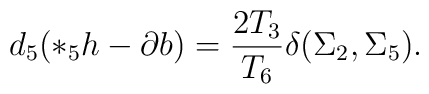
d_5(*_5h-\partial b)={{2T_3}\over {T_6}}\delta (\Sigma_2,\Sigma_5).